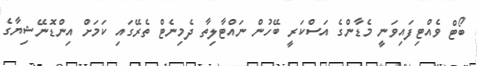
ބޯޓް ވެއްޓިފައިވަނީ މެޑާންގެ އަސްކަރީ ބޭހުން ނައްޓާލިތާ ދެމިނެޓް ތެރޭގައި ކަމަށް އިންޑޮނޭޝިޔާގެ